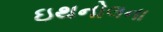
ઇથનોલના